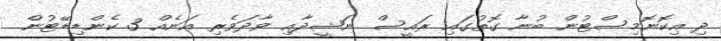
ދި އިކޮނޮމިސްޓުން ބުނާ ގޮތުގައި ރައީސް ނަޝީދާއި ވާދަވެރި އަނެއް 3 ކެންޑިޑޭޓުން